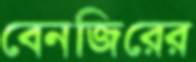
বেনজিরের